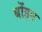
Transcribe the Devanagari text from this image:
बोंइग